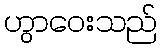
ဟွာဝေးသည်